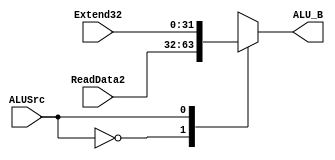
module Mux2 (ALUSrc, ReadData2, Extend32, ALU_B);

	input ALUSrc;
	input [31:0] ReadData2,Extend32;	
	
	output reg [31:0] ALU_B;
	
	always @(ALUSrc, ReadData2, Extend32) begin
		case (ALUSrc)
			0: ALU_B <= ReadData2 ;
			1: ALU_B <= Extend32;
		endcase
	end
endmodule